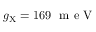
g _ { \mathrm { { X } } } = 1 6 9 ~ \mathrm { ~ m ~ e ~ V ~ }